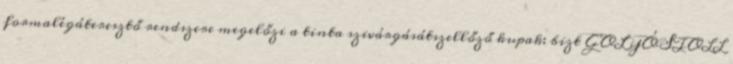
formalégáteresztő rendszere megelőzi a tinta szivárgásátszellőző kupak: bizt GOLYÓSTOLL